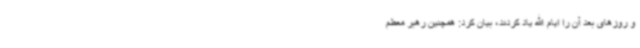
و روزهای بعد آن را ایام الله یاد کردند، بیان کرد: همچنین رهبر معظم